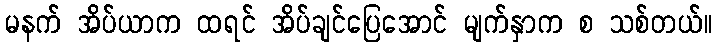
မနက် အိပ်ယာက ထရင် အိပ်ချင်ပြေအောင် မျက်နှာက စ သစ်တယ်။